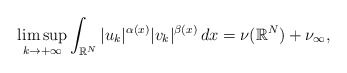
\begin{align*} \limsup_{k\to+\infty}\int_{\mathbb{R}^{N}} |u_{k}|^{\alpha(x)}|v_{k}|^{\beta(x)}\,dx= \nu(\mathbb{R}^{N})+ \nu_{\infty}, \end{align*}